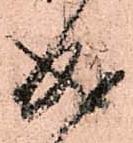
成